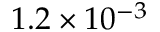
1 . 2 \times 1 0 ^ { - 3 }